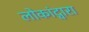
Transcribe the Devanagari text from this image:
लोकांद्वारा